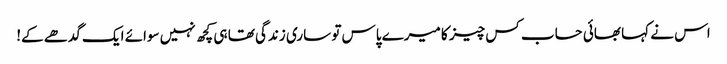
اس نے کہا بھائی حساب کس چیز کا میرے پاس تو ساری زندگی تھا ہی کچھ نہیں سوائے ایک گدھے کے!